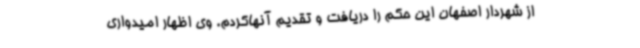
از شهردار اصفهان این حکم را دریافت و تقدیم آنهاکردم. وی اظهار امیدواری